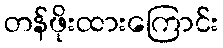
တန်ဖိုးထားကြောင်း